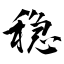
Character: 稳